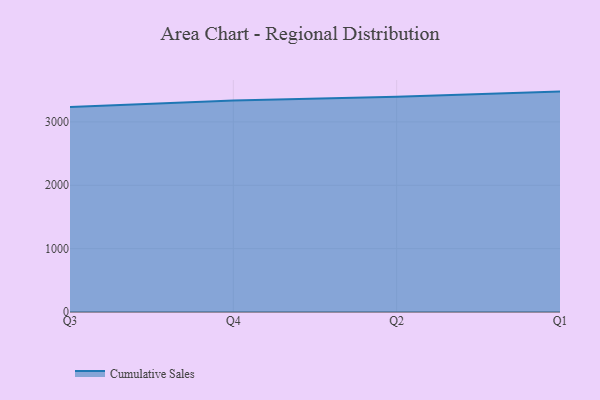
{"axis": {"x": "Quarter", "y": "Shipments"}, "legend": ["Cumulative Sales"], "data": [{"x": "Q3", "y": 3236.7, "type": "Cumulative Sales"}, {"x": "Q4", "y": 3340.0, "type": "Cumulative Sales"}, {"x": "Q2", "y": 3396.5, "type": "Cumulative Sales"}, {"x": "Q1", "y": 3478.8, "type": "Cumulative Sales"}]}